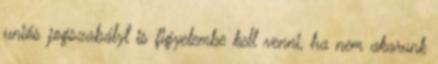
uniós jogszabályt is figyelembe kell venni, ha nem akarunk